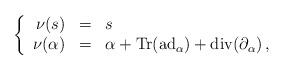
LaTeX: \begin{align*} \left\{ \begin{array}{rcl} \nu(s) & = & s \\ \nu(\alpha) & = & \alpha + \mathrm{Tr}(\mathrm{ad}_{\alpha}) + \mathrm{div}(\partial_\alpha)\,, \end{array}\right. \end{align*}